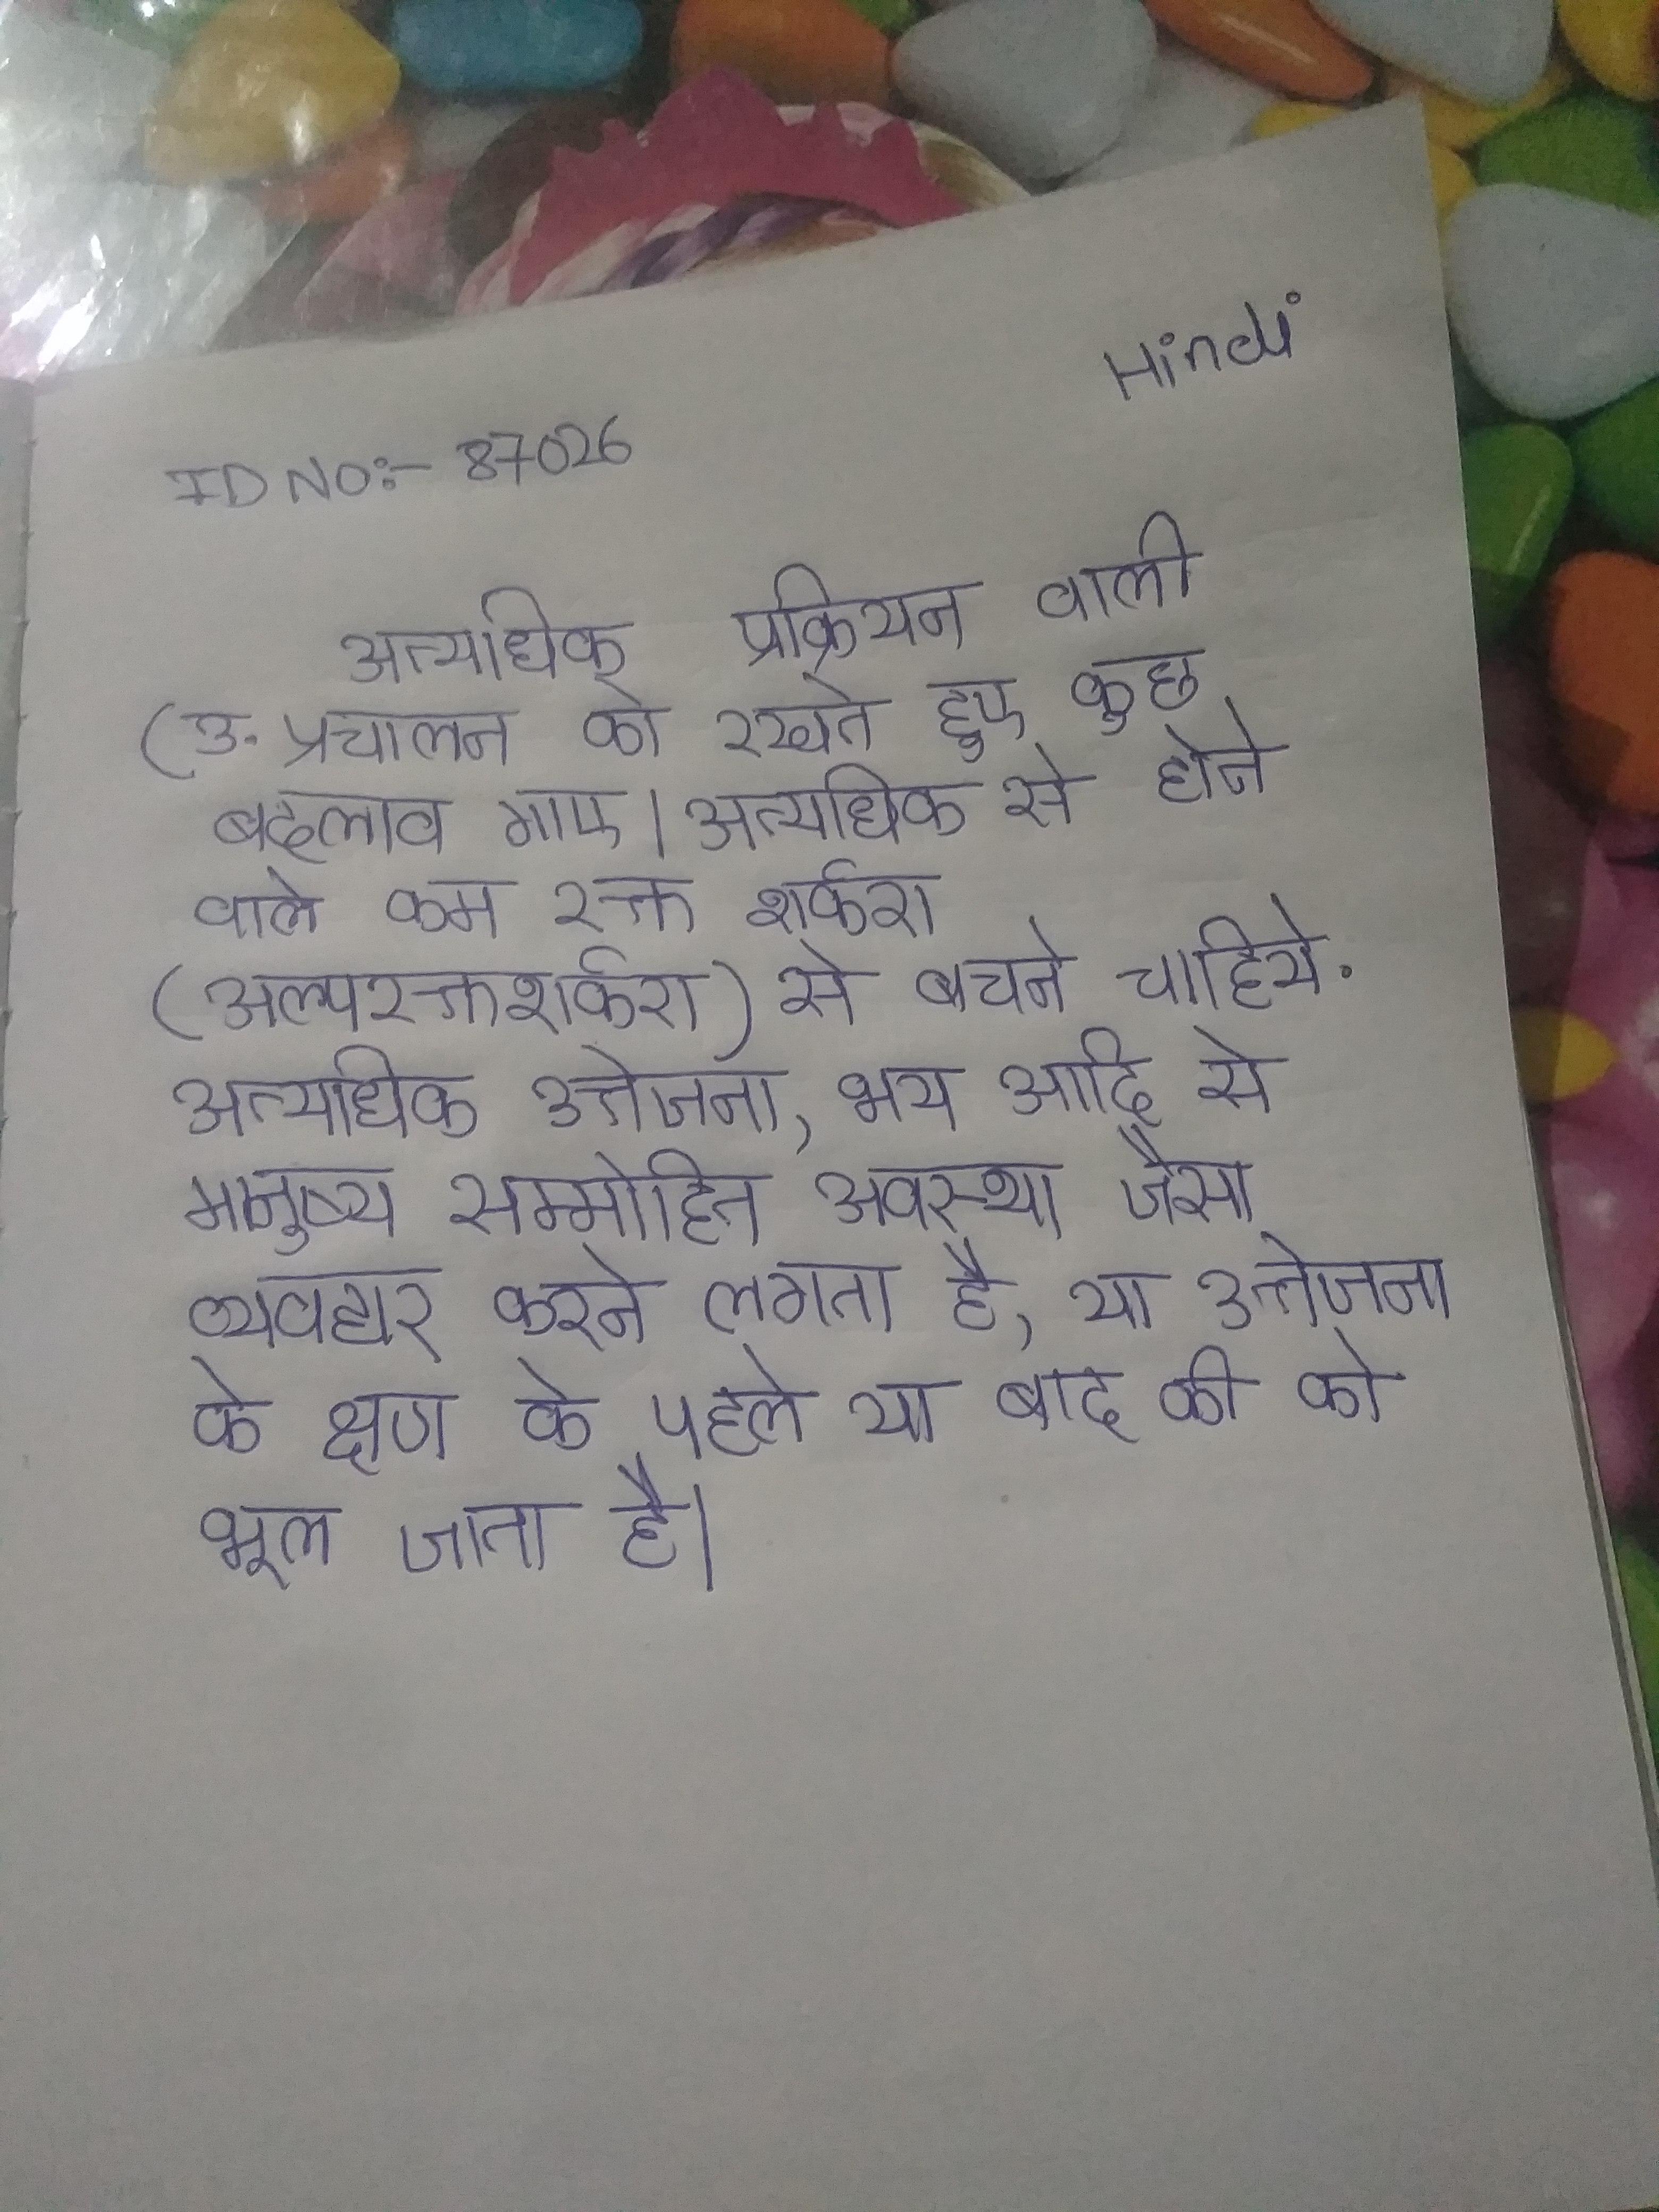
अत्यधिक प्रक्रियन वाली (उ. प्रचालन को रखते हुए कुछ बदलाव गए । अत्यधिक से होने वाले कम रक्त शर्करा (अल्परक्तशर्करा) से बचने के लिये सतर्क रहना चाहिये . अत्यधिक उत्तेजना, भय आदि से मनुष्य सम्मोहित अवस्था जैसा व्यवहार करने लगता है, या उत्तेजना के क्षण के पहले या बाद की को भूल जाता है ।